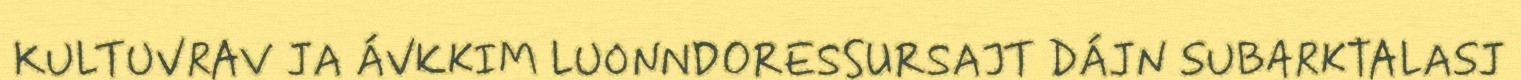
KULTUVRAV JA ÁVKKIM LUONNDORESSURSAJT DÁJN SUBARKTALASJ